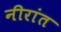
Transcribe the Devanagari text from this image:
नीरांत